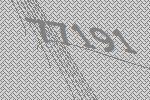
77191